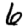
Digit: 6